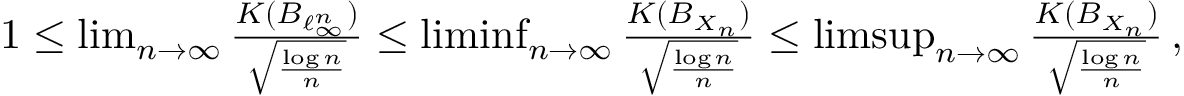
\begin{array} { r } { 1 \leq \operatorname* { l i m } _ { n \to \infty } \frac { K ( B _ { \ell _ { \infty } ^ { n } } ) } { \sqrt { \frac { \log n } { n } } } \leq \operatorname* { l i m i n f } _ { n \to \infty } \frac { K ( B _ { X _ { n } } ) } { \sqrt { \frac { \log n } { n } } } \leq \operatorname* { l i m s u p } _ { n \to \infty } \frac { K ( B _ { X _ { n } } ) } { \sqrt { \frac { \log n } { n } } } \, , } \end{array}